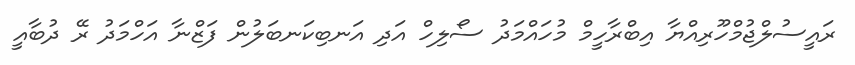
ރައީސުލްޖުމްހޫރިއްޔާ އިބްރާހީމް މުހައްމަދު ސޯލިހް އަދި އަނބިކަނބަލުން ފަޒްނާ އަހްމަދު ރޭ ދުބާއީ